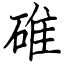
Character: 碓